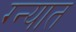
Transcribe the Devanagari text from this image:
ग्न्यात